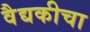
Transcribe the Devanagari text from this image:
वैद्यकीचा